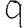
Digit: 9